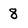
Character: 8